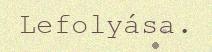
Lefolyása.